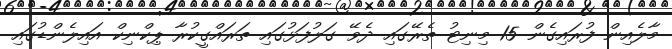
މާލެއިން ފުރައިގެން 15 މިނިޓު ތެރޭގައި ދެވޭ ގަލުފަޅުގައި ތަރައްގީކުރާ ޕިކްނިކް އައިލެންޑުގައި